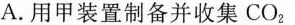
A.用甲装置制备并收集CO_{2}